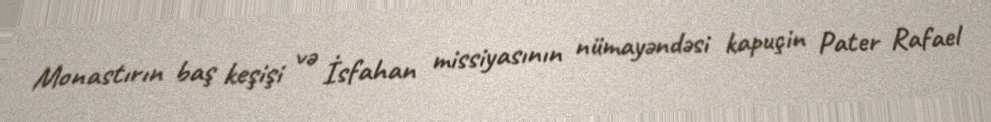
Monastırın baş keşişi və İsfahan missiyasının nümayəndəsi kapuçin Pater Rafael